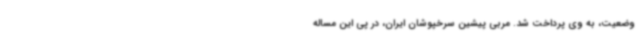
وضعیت، به وی پرداخت شد. مربی پیشین سرخپوشان ایران، در پی این مساله